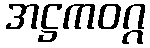
အဋ္ဌကဝဂ္ဂ